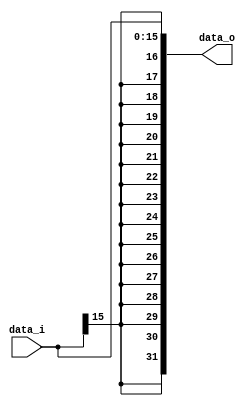
module Sign_Extend( data_i, data_o );

//I/O ports
input	[16-1:0] data_i;
output	[32-1:0] data_o;

//Internal Signals
wire	[32-1:0] data_o;

//Sign extended

assign data_o[16-1:0] = data_i;
genvar i;
for(i = 16; i < 32; i = i + 1)
  begin
    assign data_o[i] = data_i[16-1];
  end
always@(data_i)
begin
	// $display("signoutput:%d", data_o);
end
endmodule